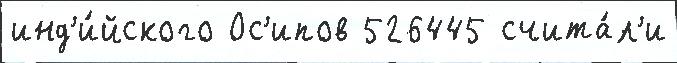
инд'и́йского Ос'ипов 526445 счита́л'и